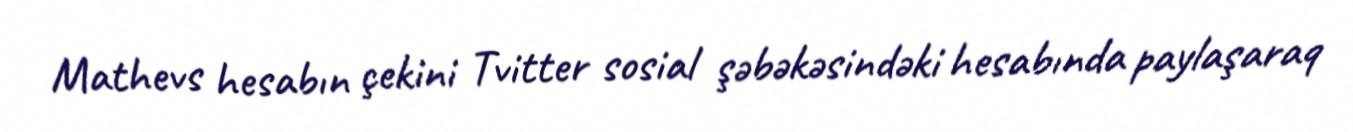
Mathevs hesabın çekini Tvitter sosial şəbəkəsindəki hesabında paylaşaraq